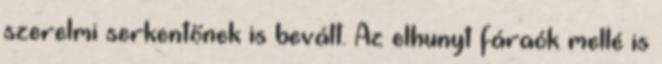
szerelmi serkentőnek is bevált. Az elhunyt fáraók mellé is